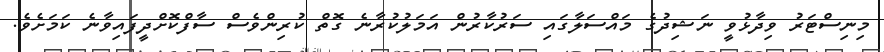
މިނިސްޓަރު ވިދާޅުވީ ނަޝިދުގެ މައްސަލާގައި ސަރުކާރުން އަމަލުކުރާނެ ގޮތް ކުރިންވެސް ސާފްކޮށްދީފައިވާނެ ކަމަށެވެ.